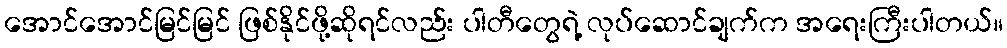
အောင်အောင်မြင်မြင် ဖြစ်နိုင်ဖို့ဆိုရင်လည်း ပါတီတွေရဲ့ လုပ်ဆောင်ချက်က အရေးကြီးပါတယ်။